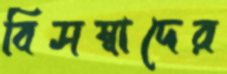
বিসম্বাদের